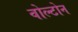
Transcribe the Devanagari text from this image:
वोल्टोन